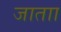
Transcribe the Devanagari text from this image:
जाताा